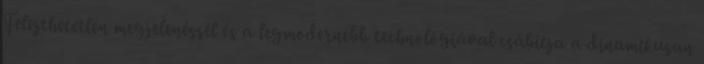
Felejthetetlen megjelenéssel és a legmodernebb technológiával csábítja a dinamikusan